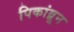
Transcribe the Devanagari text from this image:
पिकांव्रून